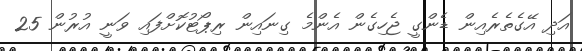
އަދި އޭގެތެރެއިން ޑެންގީ ޖެހިގެން އެންމެ ގިނައިން ރިޕޯޓުކޮށްފައި ވަނީ އުރުން 25